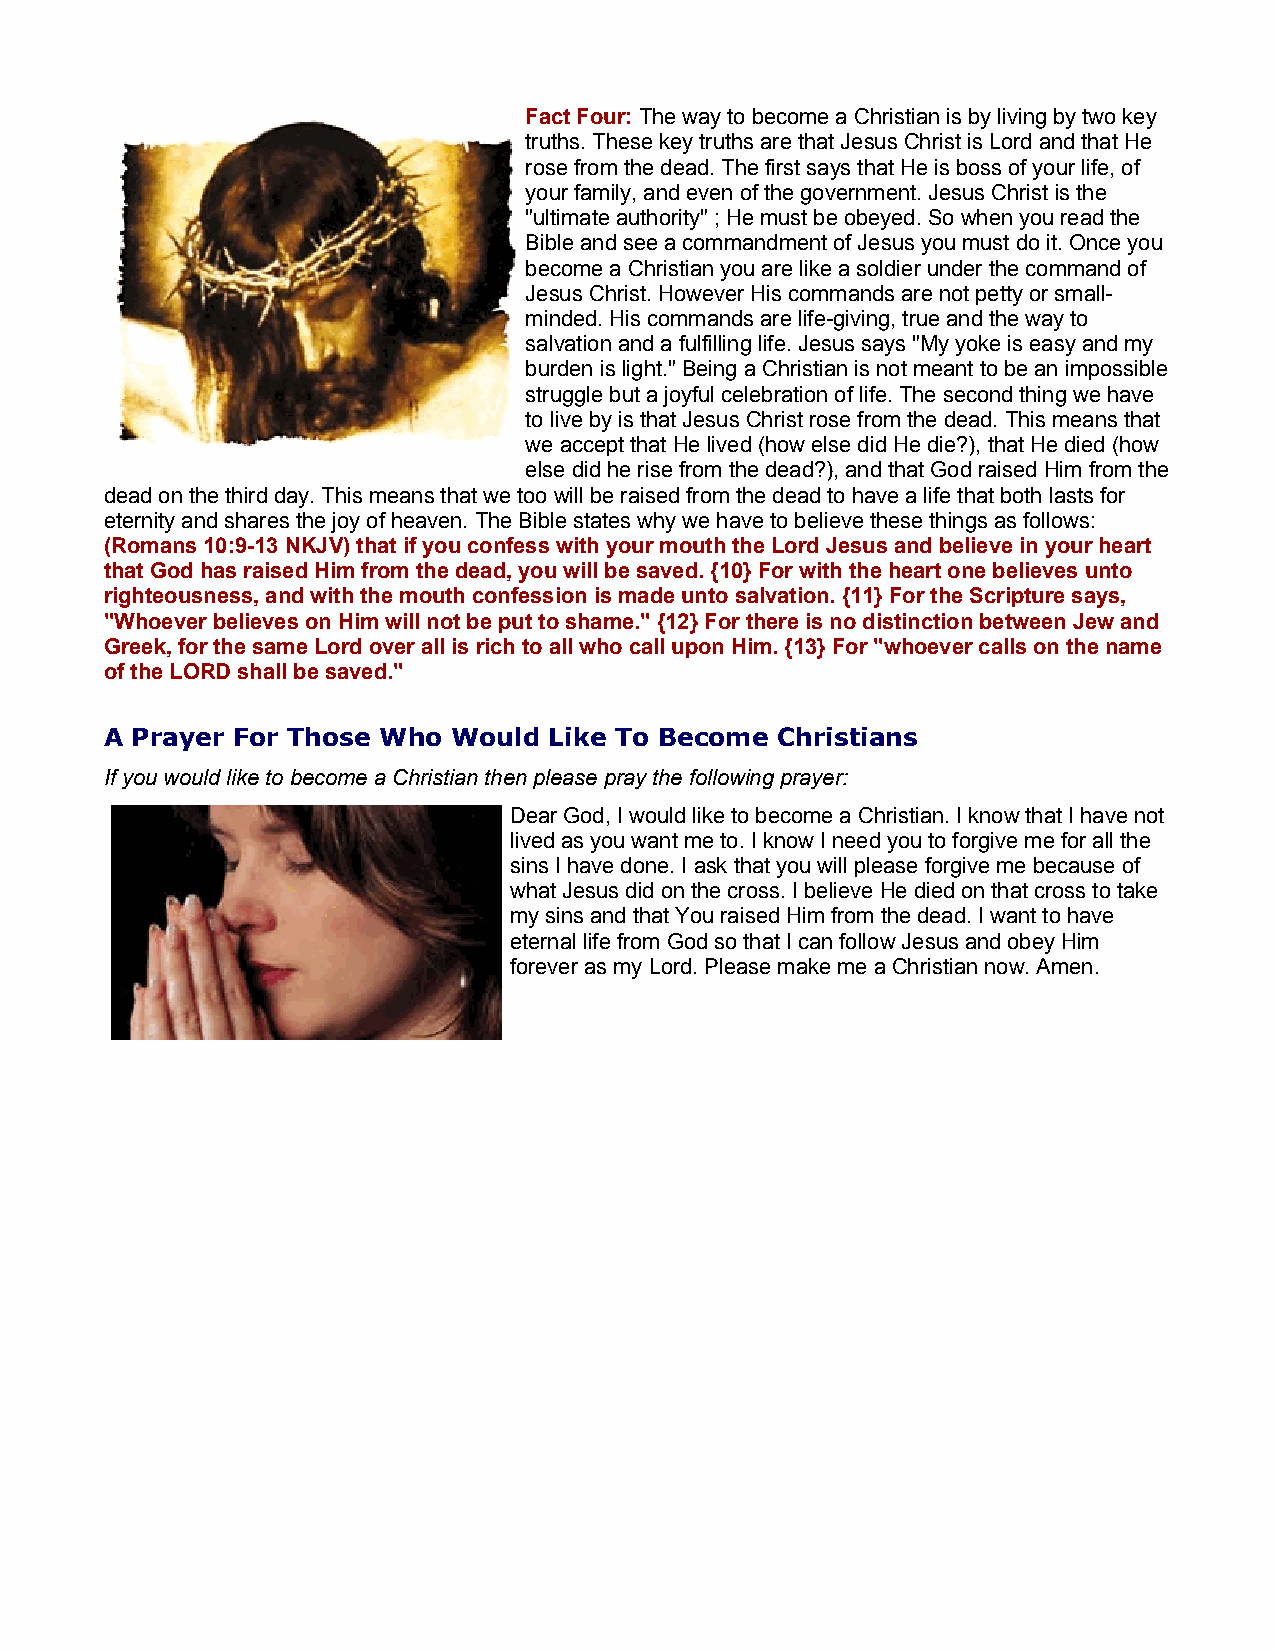
Fact Four: The way to become a Christian is by living by two key
 truths. These key truths are that Jesus Christ is Lord and that He
 rose from the dead. The first says that He is boss of your life, of
 your family, and even of the government. Jesus Christ is the
 "ultimate authority" ; He must be obeyed. So when you read the
 Bible and see a commandment of Jesus you must do it. Once you
 become a Christian you are like a soldier under the command of
 Jesus Christ. However His commands are not petty or small-
 minded. His commands are life-giving, true and the way to
 salvation and a fulfilling life. Jesus says "My yoke is easy and my
 burden is light." Being a Christian is not meant to be an impossible
 struggle but a joyful celebration of life. The second thing we have
 to live by is that Jesus Christ rose from the dead. This means that
 we accept that He lived (how else did He die?), that He died (how
 else did he rise from the dead?), and that God raised Him from the
 dead on the third day. This means that we too will be raised from the dead to have a life that both lasts for
 eternity and shares the joy of heaven. The Bible states why we have to believe these things as follows:
 (Romans 10:9-13 NKJV) that if you confess with your mouth the Lord Jesus and believe in your heart
 that God has raised Him from the dead, you will be saved. {10} For with the heart one believes unto
 righteousness, and with the mouth confession is made unto salvation. {11} For the Scripture says,
 "Whoever believes on Him will not be put to shame." {12} For there is no distinction between Jew and
 Greek, for the same Lord over all is rich to all who call upon Him. {13} For "whoever calls on the name
 of the LORD shall be saved."
 A Prayer For Those Who Would Like To Become Christians
 If you would like to become a Christian then please pray the following prayer:
 Dear God, I would like to become a Christian. I know that I have not
 lived as you want me to. I know I need you to forgive me for all the
 sins I have done. I ask that you will please forgive me because of
 what Jesus did on the cross. I believe He died on that cross to take
 my sins and that You raised Him from the dead. I want to have
 eternal life from God so that I can follow Jesus and obey Him
 forever as my Lord. Please make me a Christian now. Amen.